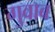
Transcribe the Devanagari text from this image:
गुवाब